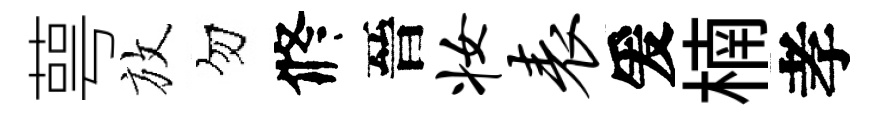
萼放勿修晉妆表爰楠孝